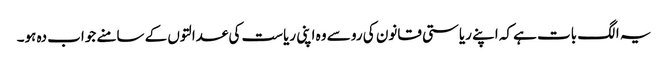
یہ الگ بات ہے کہ اپنے ریاستی قانون کی رو سے وہ اپنی ریاست کی عدالتوں کے سامنے جواب دہ ہو۔